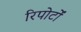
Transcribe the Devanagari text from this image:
रिपोर्टाें